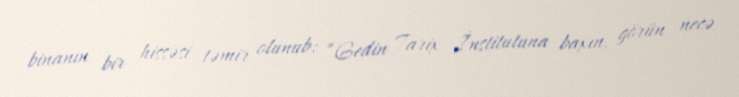
binanın bir hissəsi təmir olunub: “Gedin Tarix İnstitutuna baxın, görün necə